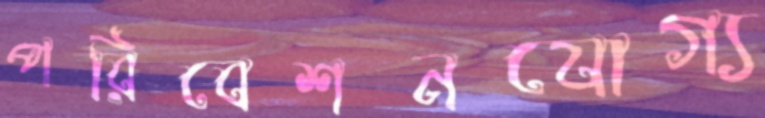
পরিবেশনযোগ্য